Malaria in India - Number 2
Disease focus: Malaria
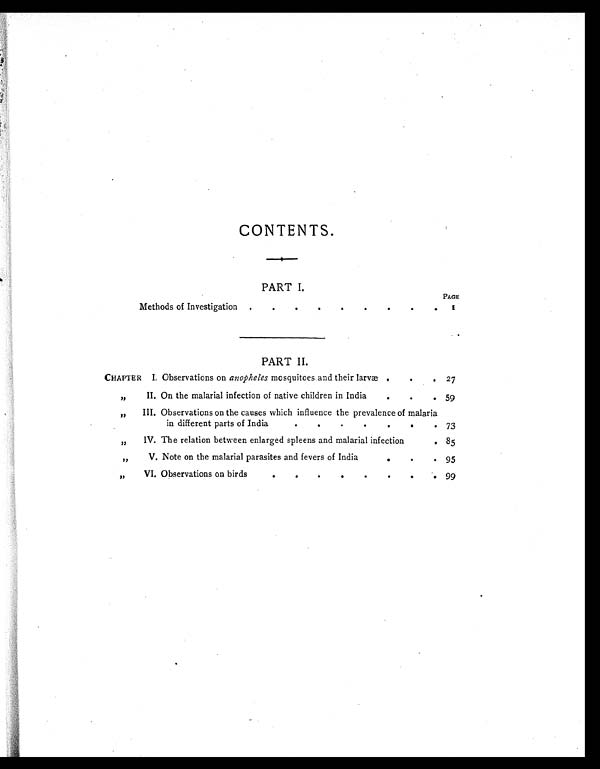
CONTENTS.
PART I.
PAGE
Methods of Investigation . . . . 1
PART II .
CHAPTER I. Observations on anopheles mosquitoes and their larva . . . .27
" II. On the malarial infection of native children in India . . . . 59
" III. Observations on the causes which influence the prevalence of malaria
in different parts of India . . . . 73
" IV. The relation between enlarged spleens and malarial infection . . . . 85
" V. Note on the malarial parasites and fevers of India . . . . 95
" VI. Observations on birds . . . . 99